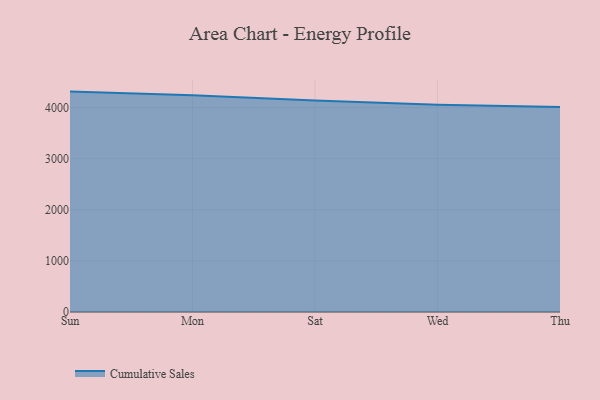
{"axis": {"x": "Day", "y": "Temperature (°C)"}, "legend": ["Cumulative Sales"], "data": [{"x": "Sun", "y": 4313.2, "type": "Cumulative Sales"}, {"x": "Mon", "y": 4239.8, "type": "Cumulative Sales"}, {"x": "Sat", "y": 4140.5, "type": "Cumulative Sales"}, {"x": "Wed", "y": 4054.5, "type": "Cumulative Sales"}, {"x": "Thu", "y": 4011.4, "type": "Cumulative Sales"}]}